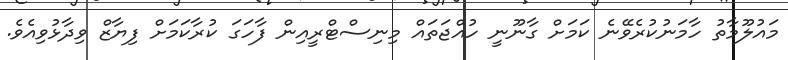
މައުލޫމާތު ހާމަނުކުރެވޭނެ ކަމަށް ގާނޫނީ ހުއްޖަތައް މިނިސްޓްރީއިން ފާހަގަ ކުރާކަމަށް ފިޔާޒް ވިދާޅުވިއެވެ.